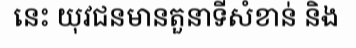
នេះ យុវជនមានតួនាទីសំខាន់ និង